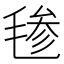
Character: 毶